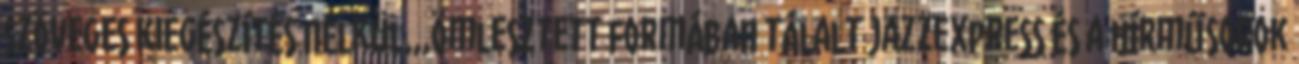
szöveges kiegészítés nélkül,,,ömlesztett formában tálalt Jazzexpress és a hírműsorok